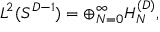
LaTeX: { \cal L } ^ { 2 } ( S ^ { D - 1 } ) = \oplus _ { N = 0 } ^ { \infty } H _ { N } ^ { ( D ) } ,